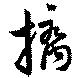
摛